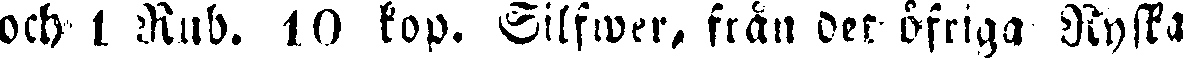
och 1 Rub. 10 kop. Silfwer, från det öfriga Ryska